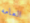
العامه